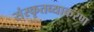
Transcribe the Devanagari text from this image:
संस्कृतव्याकरण